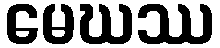
မေဃဿ